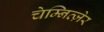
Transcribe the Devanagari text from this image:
चेम्नित्ज़ेर